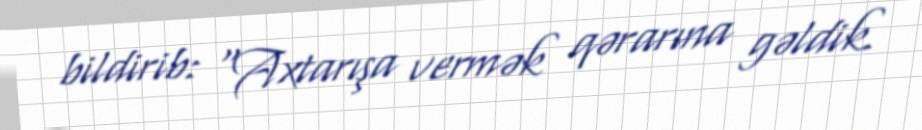
bildirib: "Axtarışa vermək qərarına gəldik.